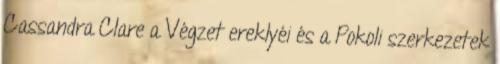
Cassandra Clare a Végzet ereklyéi és a Pokoli szerkezetek